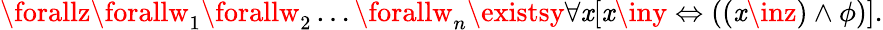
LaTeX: \forallz\forallw_{1}\forallw_{2}\ldots\forallw_{n}\existsy\forall\mathit{x}[\mathit{x}\iny\Leftrightarrow((\mathit{x}\inz)\land\phi)].